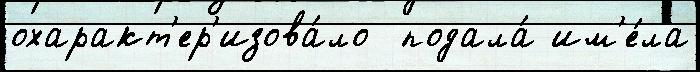
охаракт'ер'изова́ло  подала́ им'е́ла